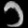
Digit: ၁